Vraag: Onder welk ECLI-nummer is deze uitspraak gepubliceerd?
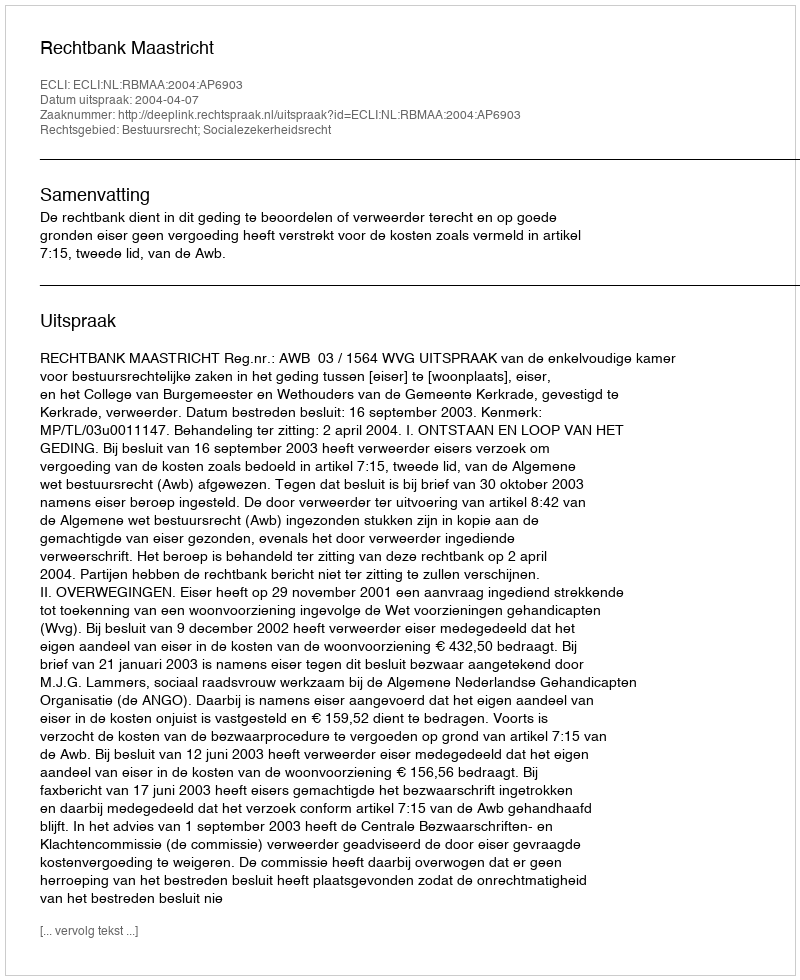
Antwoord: ECLI:NL:RBMAA:2004:AP6903